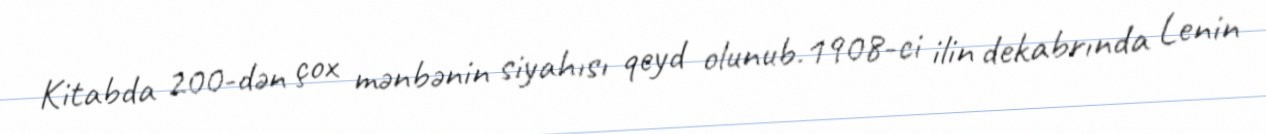
Kitabda 200-dən çox mənbənin siyahısı qeyd olunub.1908-ci ilin dekabrında Lenin